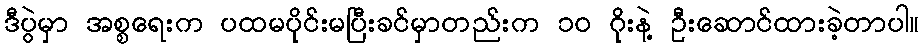
ဒီပွဲမှာ အစ္စရေးက ပထမပိုင်းမပြီးခင်မှာတည်းက ၁၀ ဂိုးနဲ့ ဦးဆောင်ထားခဲ့တာပါ။